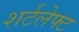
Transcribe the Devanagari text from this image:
शर्टलेफ्ट